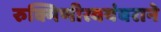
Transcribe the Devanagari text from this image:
रुक्मिणीस्वयंवराने